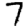
Digit: 7